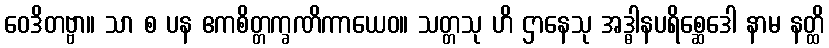
ဝေဒိတဗ္ဗာ။ သာ စ ပန ဧကစိတ္တက္ခဏိကာယေဝ။ သတ္တသု ဟိ ဌာနေသု အဒ္ဓါနပရိစ္ဆေဒေါ နာမ နတ္ထိ